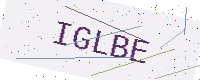
Text: IGLBE